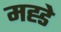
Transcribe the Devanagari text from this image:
मह्डे